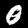
Digit: 0